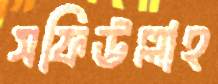
সফিউল্লাহ